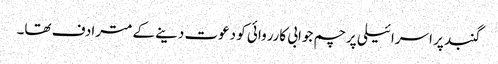
گنبد پر اسرائیلی پرچم جوابی کارروائی کو دعوت دینے کے مترادف تھا۔